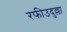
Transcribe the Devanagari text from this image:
रफीउदुल्ला